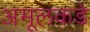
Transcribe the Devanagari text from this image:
अमूलकडे